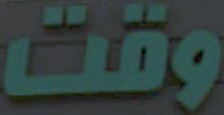
وقت